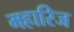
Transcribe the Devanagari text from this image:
महारिज